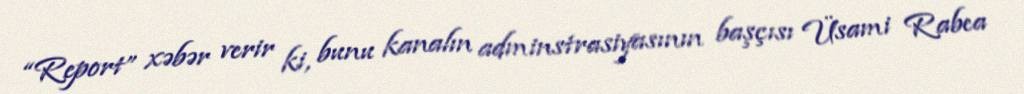
“Report” xəbər verir ki, bunu kanalın adminstrasiyasının başçısı Üsami Rabea